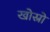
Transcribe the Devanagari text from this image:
खोस्रो